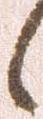
候